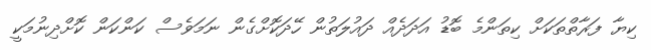
ކިޔާ ފަރާތްތަކަށް ކިތަންމެ ބޮޑު އަދަދެއް ދައުލަތުން ހޭދަކޮށްގެން ނަމަވެސް ކަންކަން ކޮށްދިނުމަކީ